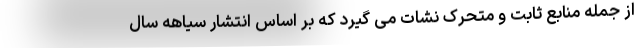
از جمله منابع ثابت و متحرک نشات می گیرد که بر اساس انتشار سیاهه سال